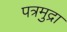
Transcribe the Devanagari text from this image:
पत्रमुद्रा